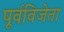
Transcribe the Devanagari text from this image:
पूर्वविजेता